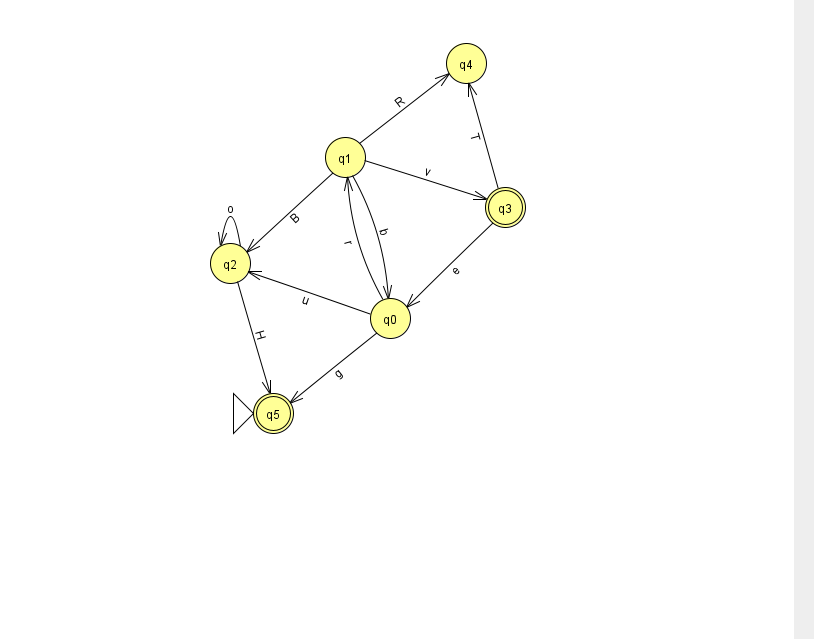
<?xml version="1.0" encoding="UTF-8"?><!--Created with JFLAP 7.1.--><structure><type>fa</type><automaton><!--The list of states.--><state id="0" name="q0"><x>390.0</x><y>305.0</y></state><state id="1" name="q1"><x>345.0</x><y>144.0</y></state><state id="2" name="q2"><x>230.0</x><y>250.0</y></state><state id="3" name="q3"><x>505.0</x><y>194.0</y><final/></state><state id="4" name="q4"><x>466.0</x><y>50.0</y></state><state id="5" name="q5"><x>273.0</x><y>400.0</y><initial/><final/></state><!--The list of transitions.--><transition><from>3</from><to>4</to><read>T</read></transition><transition><from>0</from><to>2</to><read>u</read></transition><transition><from>1</from><to>2</to><read>B</read></transition><transition><from>0</from><to>1</to><read>r</read></transition><transition><from>1</from><to>0</to><read>b</read></transition><transition><from>0</from><to>5</to><read>g</read></transition><transition><from>1</from><to>3</to><read>v</read></transition><transition><from>1</from><to>4</to><read>R</read></transition><transition><from>3</from><to>0</to><read>e</read></transition><transition><from>2</from><to>2</to><read>o</read></transition><transition><from>2</from><to>5</to><read>H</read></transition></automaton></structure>